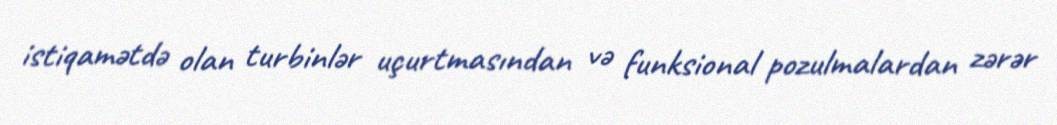
istiqamətdə olan turbinlər uçurtmasından və funksional pozulmalardan zərər